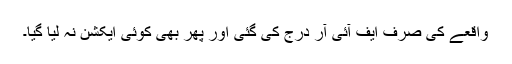
واقعے کی صرف ایف آئی آر درج کی گئی اور پھر بھی کوئی ایکشن نہ لیا گیا۔